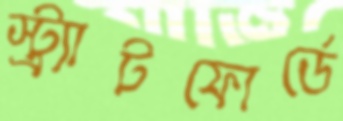
স্ট্র্যাটফোর্ডে